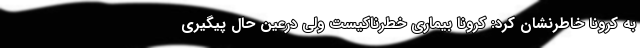
به کرونا خاطرنشان کرد: کرونا بیماری خطرناکیست ولی درعین حال پیگیری